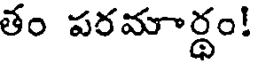
తం పరమార్థం!